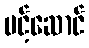
ပင့်ဆောင်